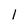
Character: 1